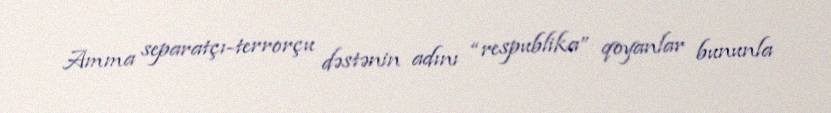
Amma separatçı-terrorçu dəstənin adını “respublika” qoyanlar bununla